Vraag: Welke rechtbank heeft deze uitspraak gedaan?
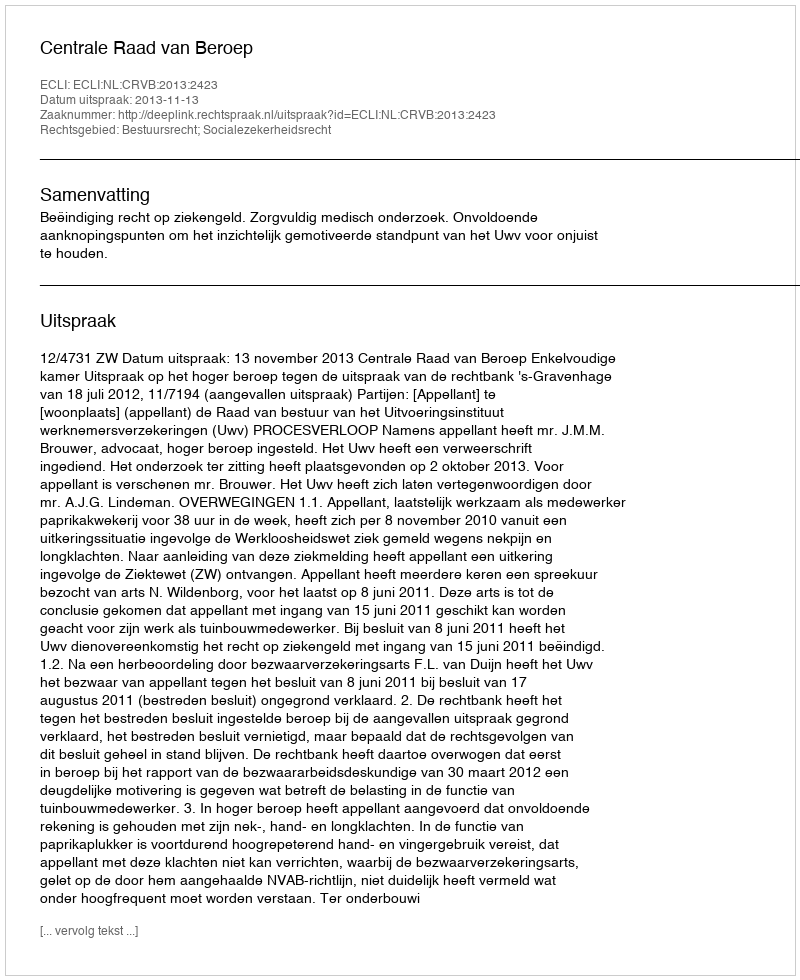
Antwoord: Centrale Raad van Beroep